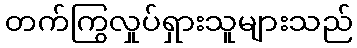
တက်ကြွလှုပ်ရှားသူများသည်